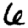
Digit: 6